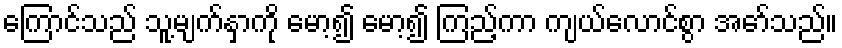
ကြောင်သည် သူ့မျက်နှာကို မော့၍ မော့၍ ကြည့်ကာ ကျယ်လောင်စွာ အော်သည်။